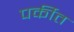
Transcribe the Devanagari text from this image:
पर्कीत